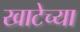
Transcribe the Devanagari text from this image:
खाटेच्या